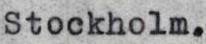
Stockholm.